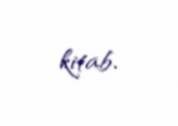
kitab.